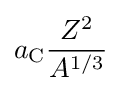
a_{\text{C}}{\frac {Z^{2}}{A^{1/3}}}